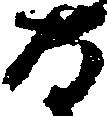
な